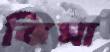
ঝিমা